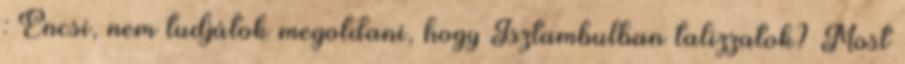
: Encsi, nem tudjátok megoldani, hogy Isztambulban talizzatok? Most